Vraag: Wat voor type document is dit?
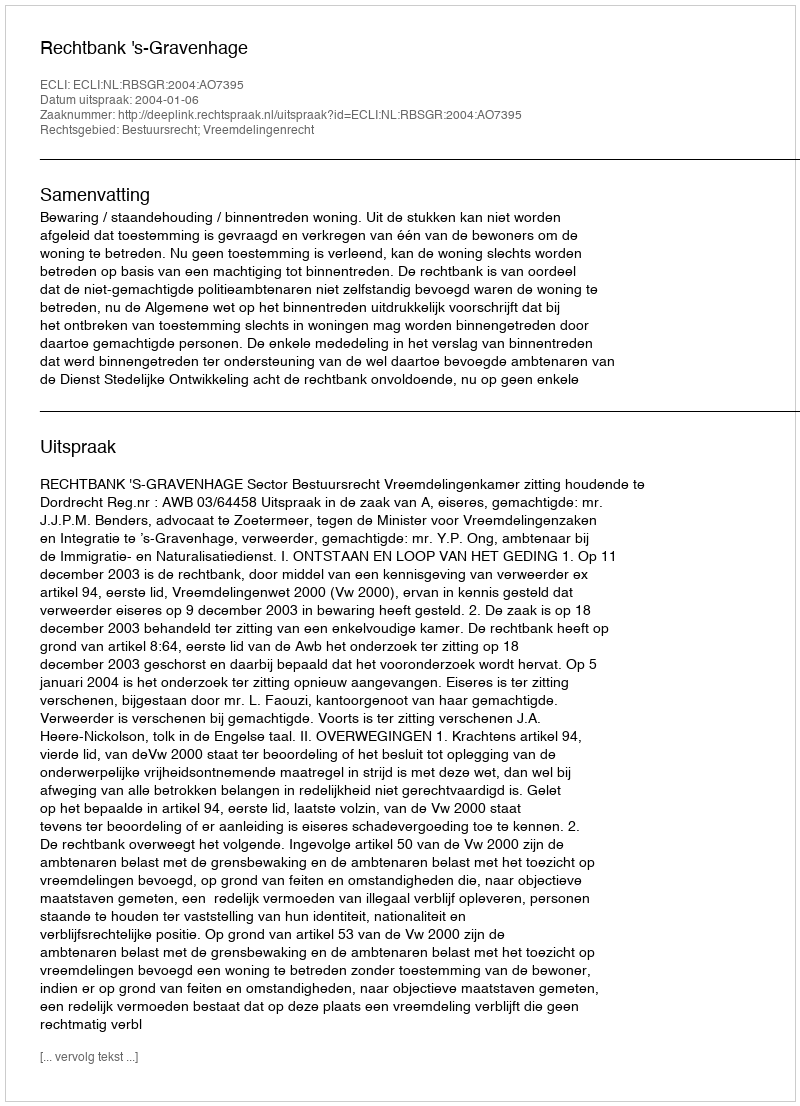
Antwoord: Uitspraak